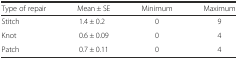
| Type of repair | Mean ± SE | Minimum | Maximum |
 | --- | --- | --- | --- |
 | Stitch | 1.4 ± 0.2 | 0 | 9 |
 | Knot | 0.6 ± 0.09 | 0 | 4 |
 | Patch | 0.7 ± 0.11 | 0 | 4 |